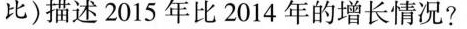
比)描述2015年比2014年的增长情况?